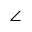
\angle